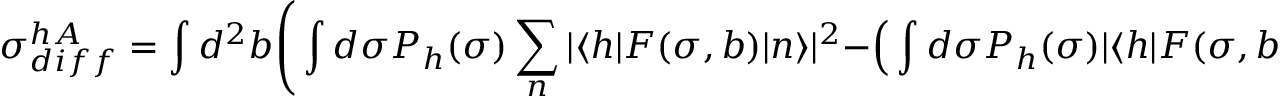
\sigma _ { d i f f } ^ { h A } = \int d ^ { 2 } b \Bigg ( \int d \sigma P _ { h } ( \sigma ) \sum _ { n } | \langle h | F ( \sigma , b ) | n \rangle | ^ { 2 } - \Big ( \int d \sigma P _ { h } ( \sigma ) | \langle h | F ( \sigma , b ) | h \rangle | \Big ) ^ { 2 } \Bigg ) \ ,